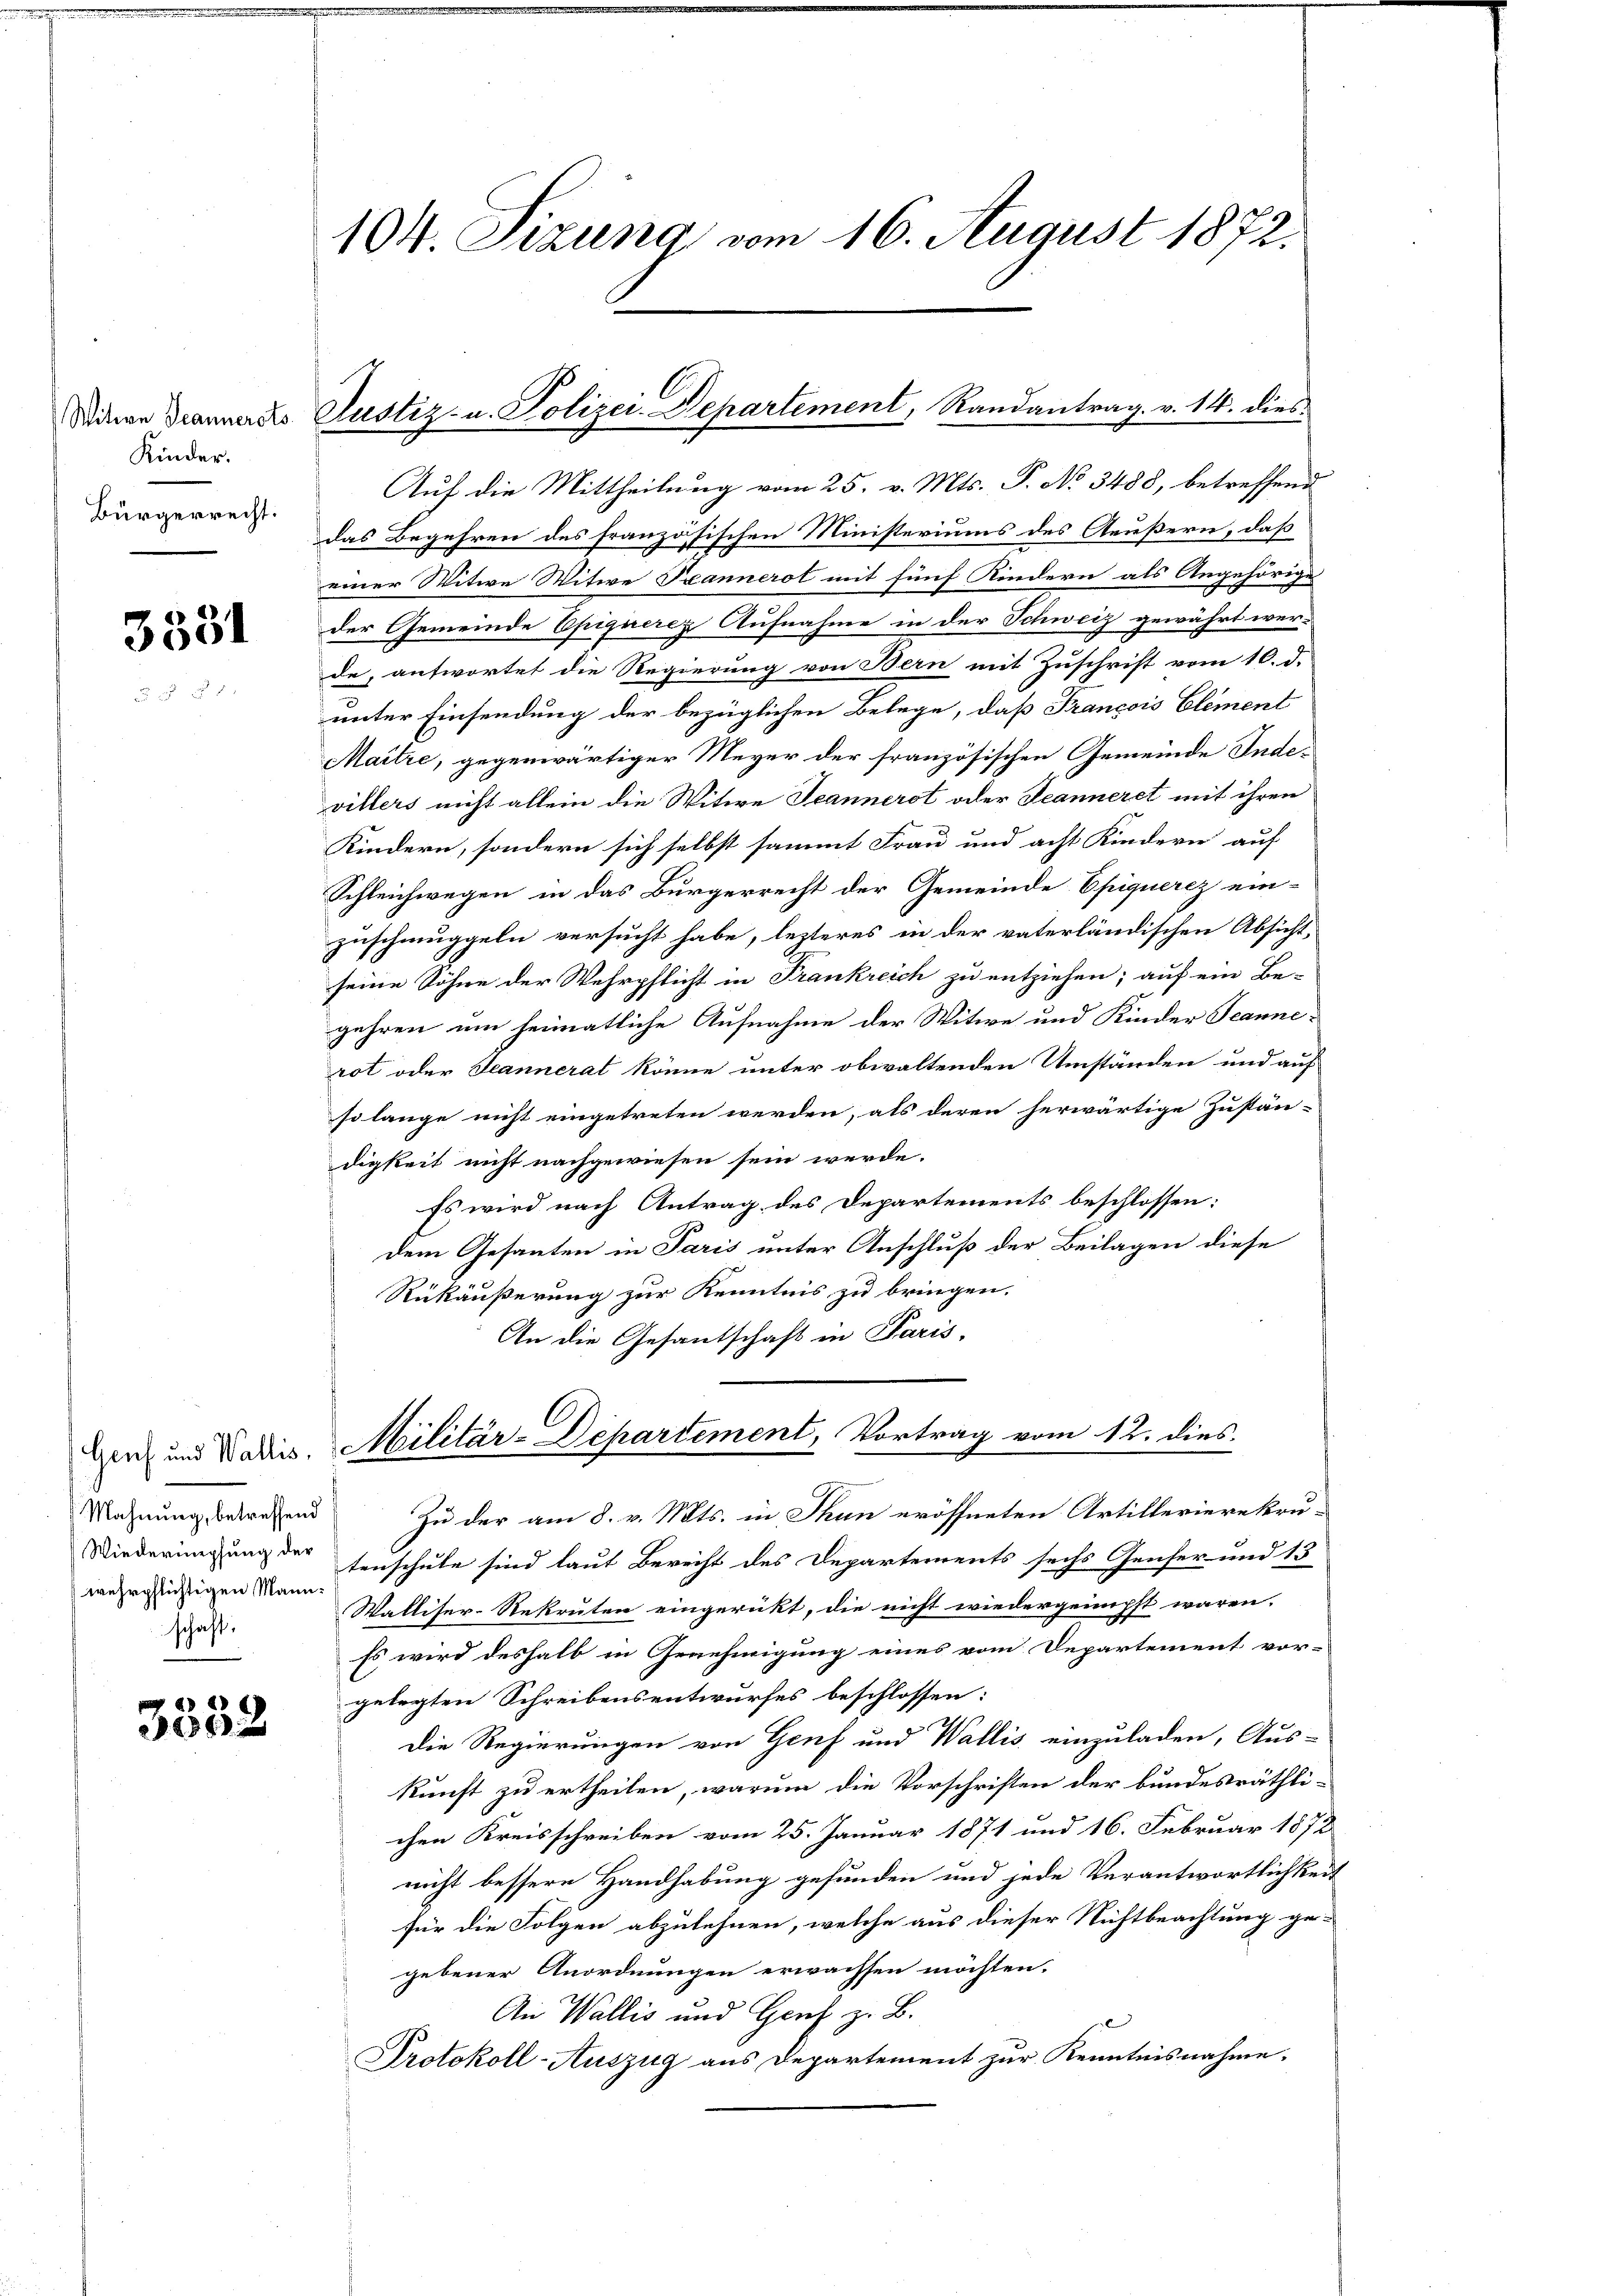
Kinder.
Bürgerrecht.

3531

Mahnung, betreffend
Wiedermpfung der
wehrpflichtigen Mannschaft:

) 2)
300

104. Sizung vom 16. August 1872.

Witian Dranneres Justiz- u. Polizei-Departement, Randantrag v. 14. dies

Auf die Mittheilung vom 25. v. Mts. P. No 3488, betreffend
das Begehren des französischen Ministeriums des Aeußern, daß
einer Witwe Witwe Seeannerot mit fünf Kindern als Angehörige
der Gemeinde Epiguerez Aufnahme in der Schweiz gewährt werde, antwortet die Regierung von Bern mit Zuschrift vom 10. d.
unter Einsendung der bezüglichen Belege, daß Francois Element
Maitre, gegenwärtiger Meyer der französischen Gemeinde Indevillers nicht allein die Witwe Jeannerst oder Jeanneret mit ihren
Kindern, sondern sich selbst sammt Frau und acht Kindern auf
Schleichwegen in das Bürgerrecht der Gemeinde Epiquerez ein-
zuschmuggeln versucht habe, lezteres in der vaterländischen Absicht,
seine Söhne der Wehrpflicht in Frankreich zu entziehen; auf ein Be-
gehren um heimatliche Aufnahme der Witwe und Kinder Jeannerot oder Jeannerat könne unter obwaltenden Umständen und auf
so lange nicht eingetreten werden, als deren herwärtige Zustän-
digkeit nicht nachgewiesen sein werde.
Es wird nach Antrag des Departements beschlossen:
dem Gesanten in Paris unter Anschluß der Beilagen diese
Rükäußerung zur Kenntnis zu bringen.
An die Gesantschaft in Paris-
l
Lenz und Nades. Militär-Departement, Vortrag vom 12. dies
Zu der am 8. v. Mts. in Thun eröffneten Artillerierekrutenschule sind laut Berecht des Departements sechs Genfer und 13
Walliser-Rekruten eingerückt, die nicht wiedergemüpft wären.
Es wird deshalb in Genehmigung eines vom Departement vor-
gelegten Schreibensentwurfes beschlossen:
Die Regierungen von Genf und Wallis einzuladen, Aus-
kunft zu ertheilen, warum die Vorschriften der bundesräthlichen Kreisschreiben vom 25. Januar 1871 und 16. Februar 1872
nicht bessere Handhabung gefunden und jede Verantwortlichkeit
für die Folgen abzulehnen, welche aus dieser Nichtbeachtung ge-
gebener Anordnungen erwachsen möchten.
An Wallis und Genf z. B.
Protokoll-Auszug aus Departement zur Kenntnisnahme.